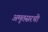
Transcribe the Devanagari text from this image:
अमृतसरची